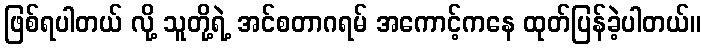
ဖြစ်ရပါတယ် လို့ သူတို့ရဲ့ အင်စတာဂရမ် အကောင့်ကနေ ထုတ်ပြန်ခဲ့ပါတယ်။